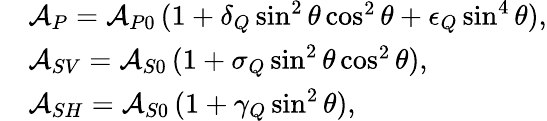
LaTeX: \begin{array}{rl}&{\mathcal{A}_{P}=\mathcal{A}_{P0}\, (1+\delta_{Q}\sin^{2}\theta\cos^{2}\theta+\epsilon_{Q}\sin^{4}\theta),}\\ &{\mathcal{A}_{SV}=\mathcal{A}_{S0}\, (1+\sigma_{Q}\sin^{2}\theta\cos^{2}\theta),}\\ &{\mathcal{A}_{SH}=\mathcal{A}_{S0}\, (1+\gamma_{Q}\sin^{2}\theta),}\end{array}